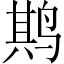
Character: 𫛰